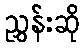
ညွှန်းဆို